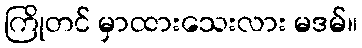
ကြိုတင် မှာထားသေးလား မဒမ်။